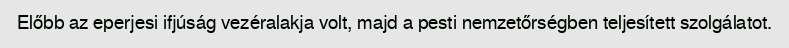
Előbb az eperjesi ifjúság vezéralakja volt, majd a pesti nemzetőrségben teljesített szolgálatot.